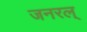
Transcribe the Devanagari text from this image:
जनरल्